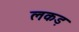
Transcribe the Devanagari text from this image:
लकड़